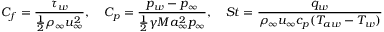
C _ { f } = \frac { \tau _ { w } } { \frac { 1 } { 2 } \rho _ { \infty } u _ { \infty } ^ { 2 } } , \quad C _ { p } = \frac { p _ { w } - p _ { \infty } } { \frac { 1 } { 2 } \gamma M a _ { \infty } ^ { 2 } p _ { \infty } } , \quad S t = \frac { q _ { w } } { \rho _ { \infty } u _ { \infty } c _ { p } ( T _ { a w } - T _ { w } ) }